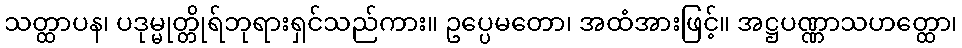
သတ္ထာပန၊ ပဒုမ္မုတ္တိုရ်ဘုရားရှင်သည်ကား။ ဥပ္ပေမတော၊ အထံအားဖြင့်။ အဋ္ဌပဏ္ဏာသဟတ္ထော၊